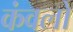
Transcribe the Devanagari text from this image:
कंवलों